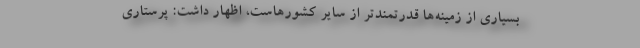
بسیاری از زمینه‌ها قدرتمندتر از سایر کشورهاست، اظهار داشت: پرستاری